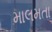
માલમતા